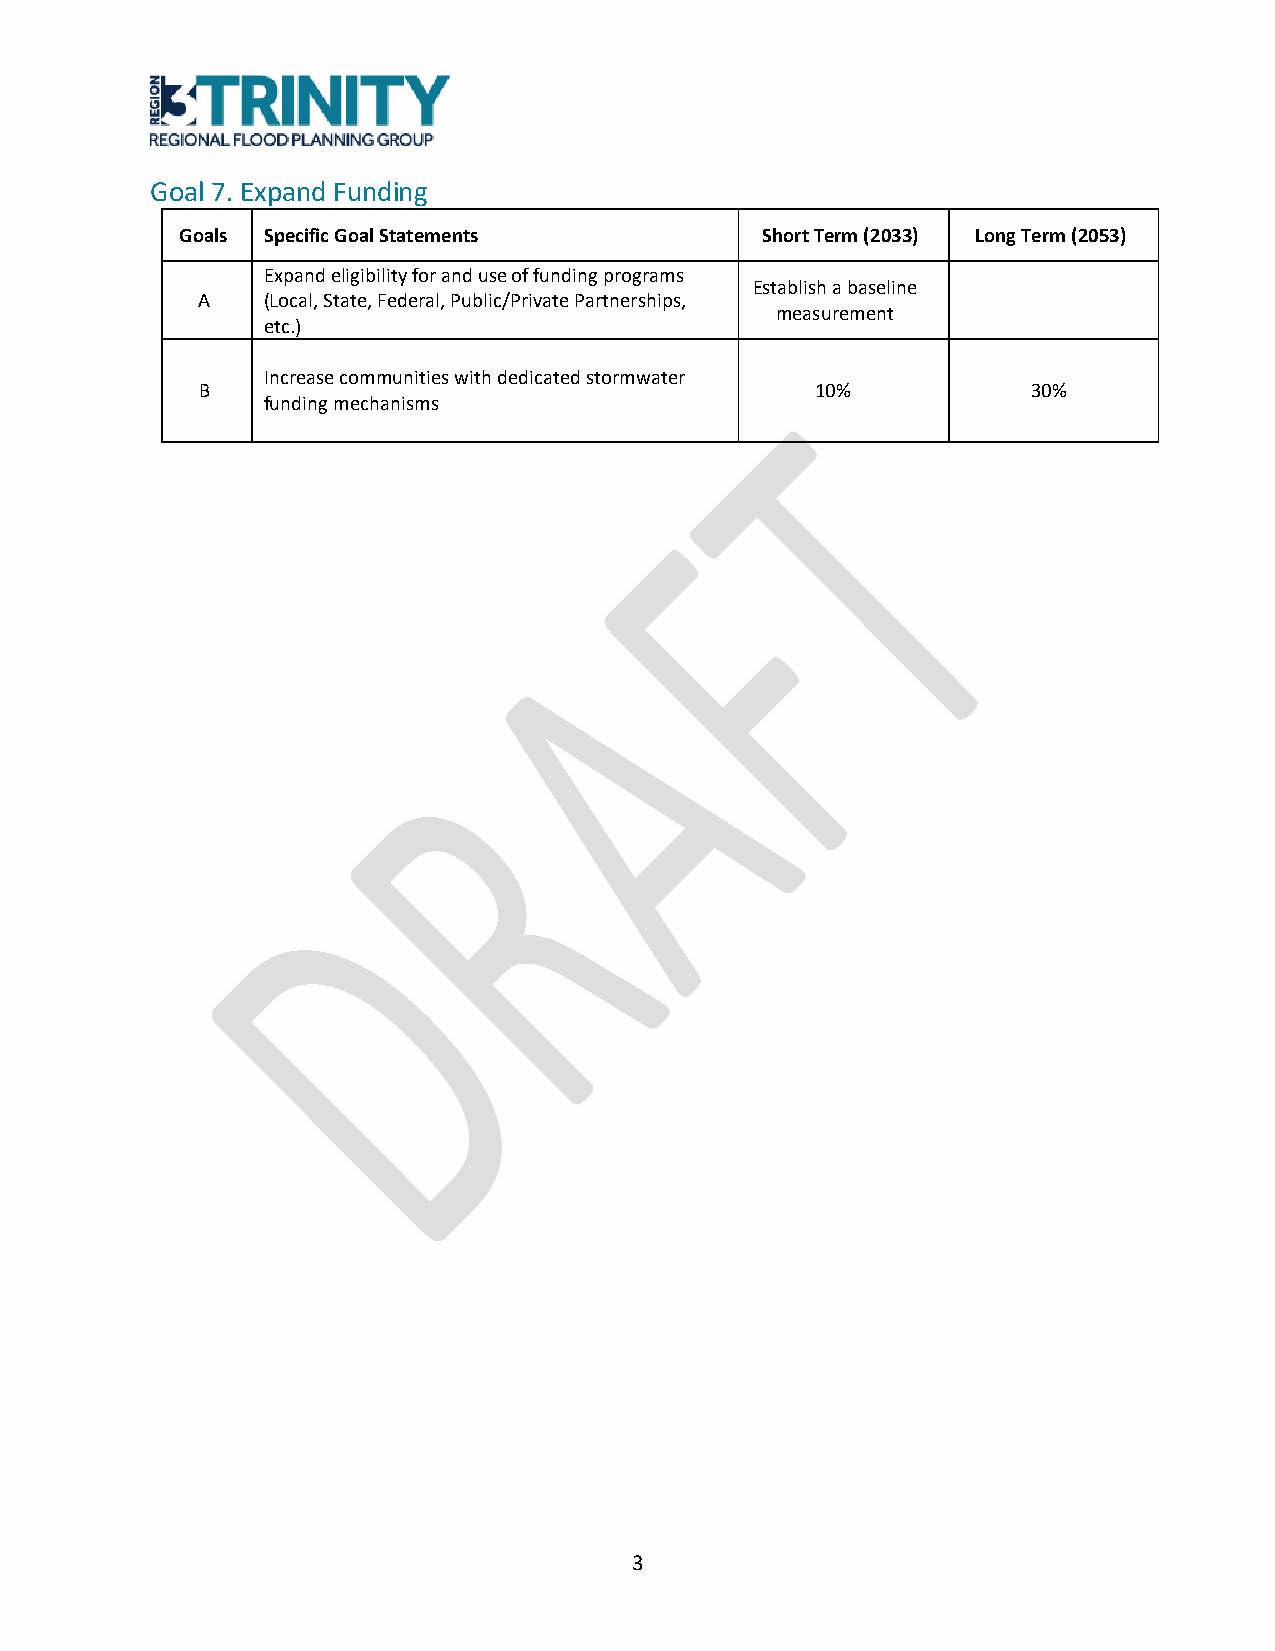
Goal 7. Expand Funding
 Goals Specific Goal Statements        Short Term (2033) Long Term (2053)
 Expand eligibility for and use of funding programs
 Establish a baseline
 A   (Local, State, Federal, Public/Private Partnerships,
 measurement
 etc.)
 Increase communities with dedicated stormwater
 B                                        10%           30%
 funding mechanisms
 3